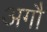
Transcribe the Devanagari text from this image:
अगौ